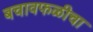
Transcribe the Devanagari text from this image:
बचावफळीचा